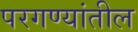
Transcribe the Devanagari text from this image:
परगण्यांतील